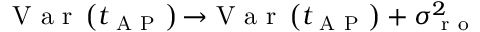
\mathrm { ~ V ~ a ~ r ~ } \left( t _ { \mathrm { ~ A ~ P ~ } } \right) { \rightarrow } \mathrm { ~ V ~ a ~ r ~ } \left( t _ { \mathrm { ~ A ~ P ~ } } \right) + \sigma _ { \mathrm { ~ r ~ o ~ } } ^ { 2 }